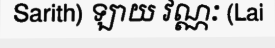
Sarith) ឡាយ វណ្ណៈ (Lai